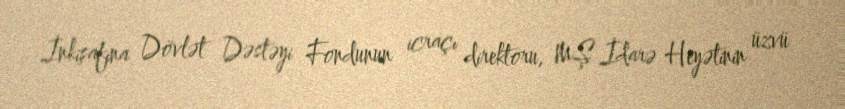
İnkişafına Dövlət Dəstəyi Fondunun icraçı direktoru, MŞ İdarə Heyətinin üzvü